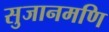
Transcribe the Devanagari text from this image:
सुजानमणि